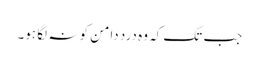
جب تک کہ وہ درد دامن کو نہ لگا ہو۔